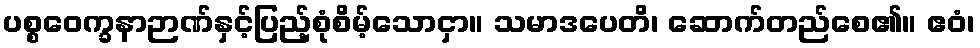
ပစ္စဝေက္ခနာဉာဏ်နှင့်ပြည့်စုံစိမ့်သောငှာ။ သမာဒပေတိ၊ ဆောက်တည်စေ၏။ ဧဝံ၊